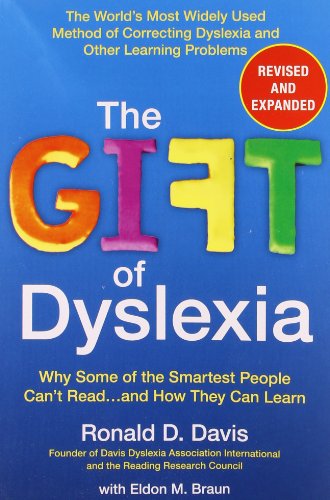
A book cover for The Gift of Dyslexia: Why Some of the Smartest People Can't Read...and How They Can Learn, Revised and Expanded Edition; Ronald D. Davis; Education & Teaching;